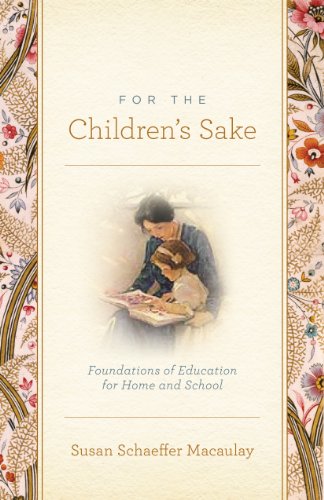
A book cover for For the Children's Sake: Foundations of Education for Home and School; Susan Schaeffer Macaulay; Christian Books & Bibles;